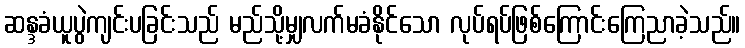
ဆန္ဒခံယူပွဲကျင်းပခြင်းသည် မည်သို့မျှလက်မခံနိုင်သော လုပ်ရပ်ဖြစ်ကြောင်းကြေညာခဲ့သည်။